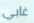
غابي